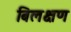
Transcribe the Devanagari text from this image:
बिलक्षण